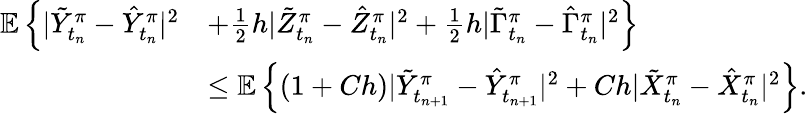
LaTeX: \begin{array}{r}{\begin{array}{rl}{\mathbb{E}\left\{ |\tilde{Y}_{t_{n}}^{\pi}-\hat{Y}_{t_{n}}^{\pi}|^{2}\right.}&{\left.+\frac{1}{2}h|\tilde{Z}_{t_{n}}^{\pi}-\hat{Z}_{t_{n}}^{\pi}|^{2}+\frac{1}{2}h|\tilde{\Gamma}_{t_{n}}^{\pi}-\hat{\Gamma}_{t_{n}}^{\pi}|^{2}\right\} }\\ &{\leq\mathbb{E}\left\{ (1+Ch)|\tilde{Y}_{t_{n+1}}^{\pi}-\hat{Y}_{t_{n+1}}^{\pi}|^{2}+Ch|\tilde{X}_{t_{n}}^{\pi}-\hat{X}_{t_{n}}^{\pi}|^{2}\right\} .}\end{array}}\end{array}